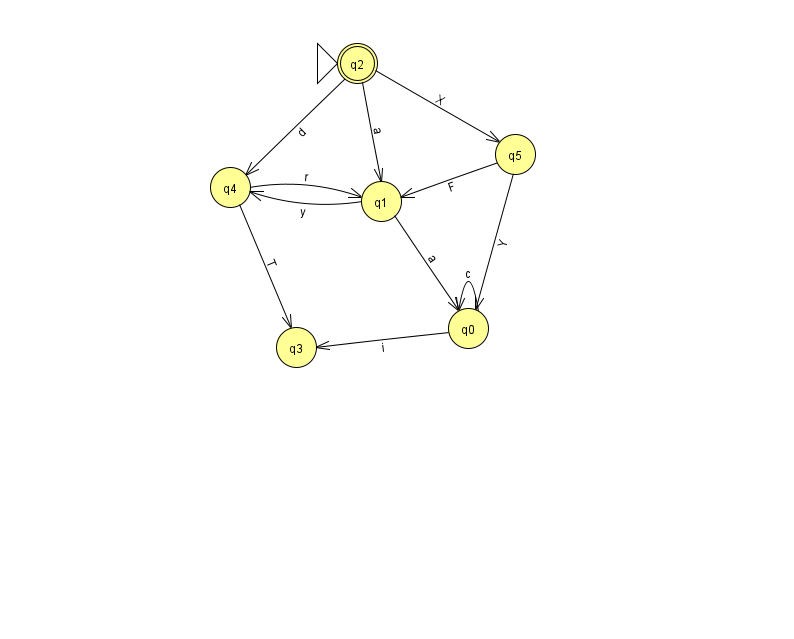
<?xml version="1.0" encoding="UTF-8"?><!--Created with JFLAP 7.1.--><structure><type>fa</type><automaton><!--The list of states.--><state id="0" name="q0"><x>468.0</x><y>315.0</y></state><state id="1" name="q1"><x>381.0</x><y>188.0</y></state><state id="2" name="q2"><x>357.0</x><y>50.0</y><initial/><final/></state><state id="3" name="q3"><x>296.0</x><y>334.0</y></state><state id="4" name="q4"><x>230.0</x><y>174.0</y></state><state id="5" name="q5"><x>515.0</x><y>141.0</y></state><!--The list of transitions.--><transition><from>1</from><to>0</to><read>a</read></transition><transition><from>5</from><to>1</to><read>F</read></transition><transition><from>1</from><to>4</to><read>y</read></transition><transition><from>4</from><to>3</to><read>T</read></transition><transition><from>0</from><to>0</to><read>c</read></transition><transition><from>0</from><to>3</to><read>i</read></transition><transition><from>2</from><to>1</to><read>a</read></transition><transition><from>2</from><to>4</to><read>d</read></transition><transition><from>2</from><to>5</to><read>X</read></transition><transition><from>4</from><to>1</to><read>r</read></transition><transition><from>5</from><to>0</to><read>Y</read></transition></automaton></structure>